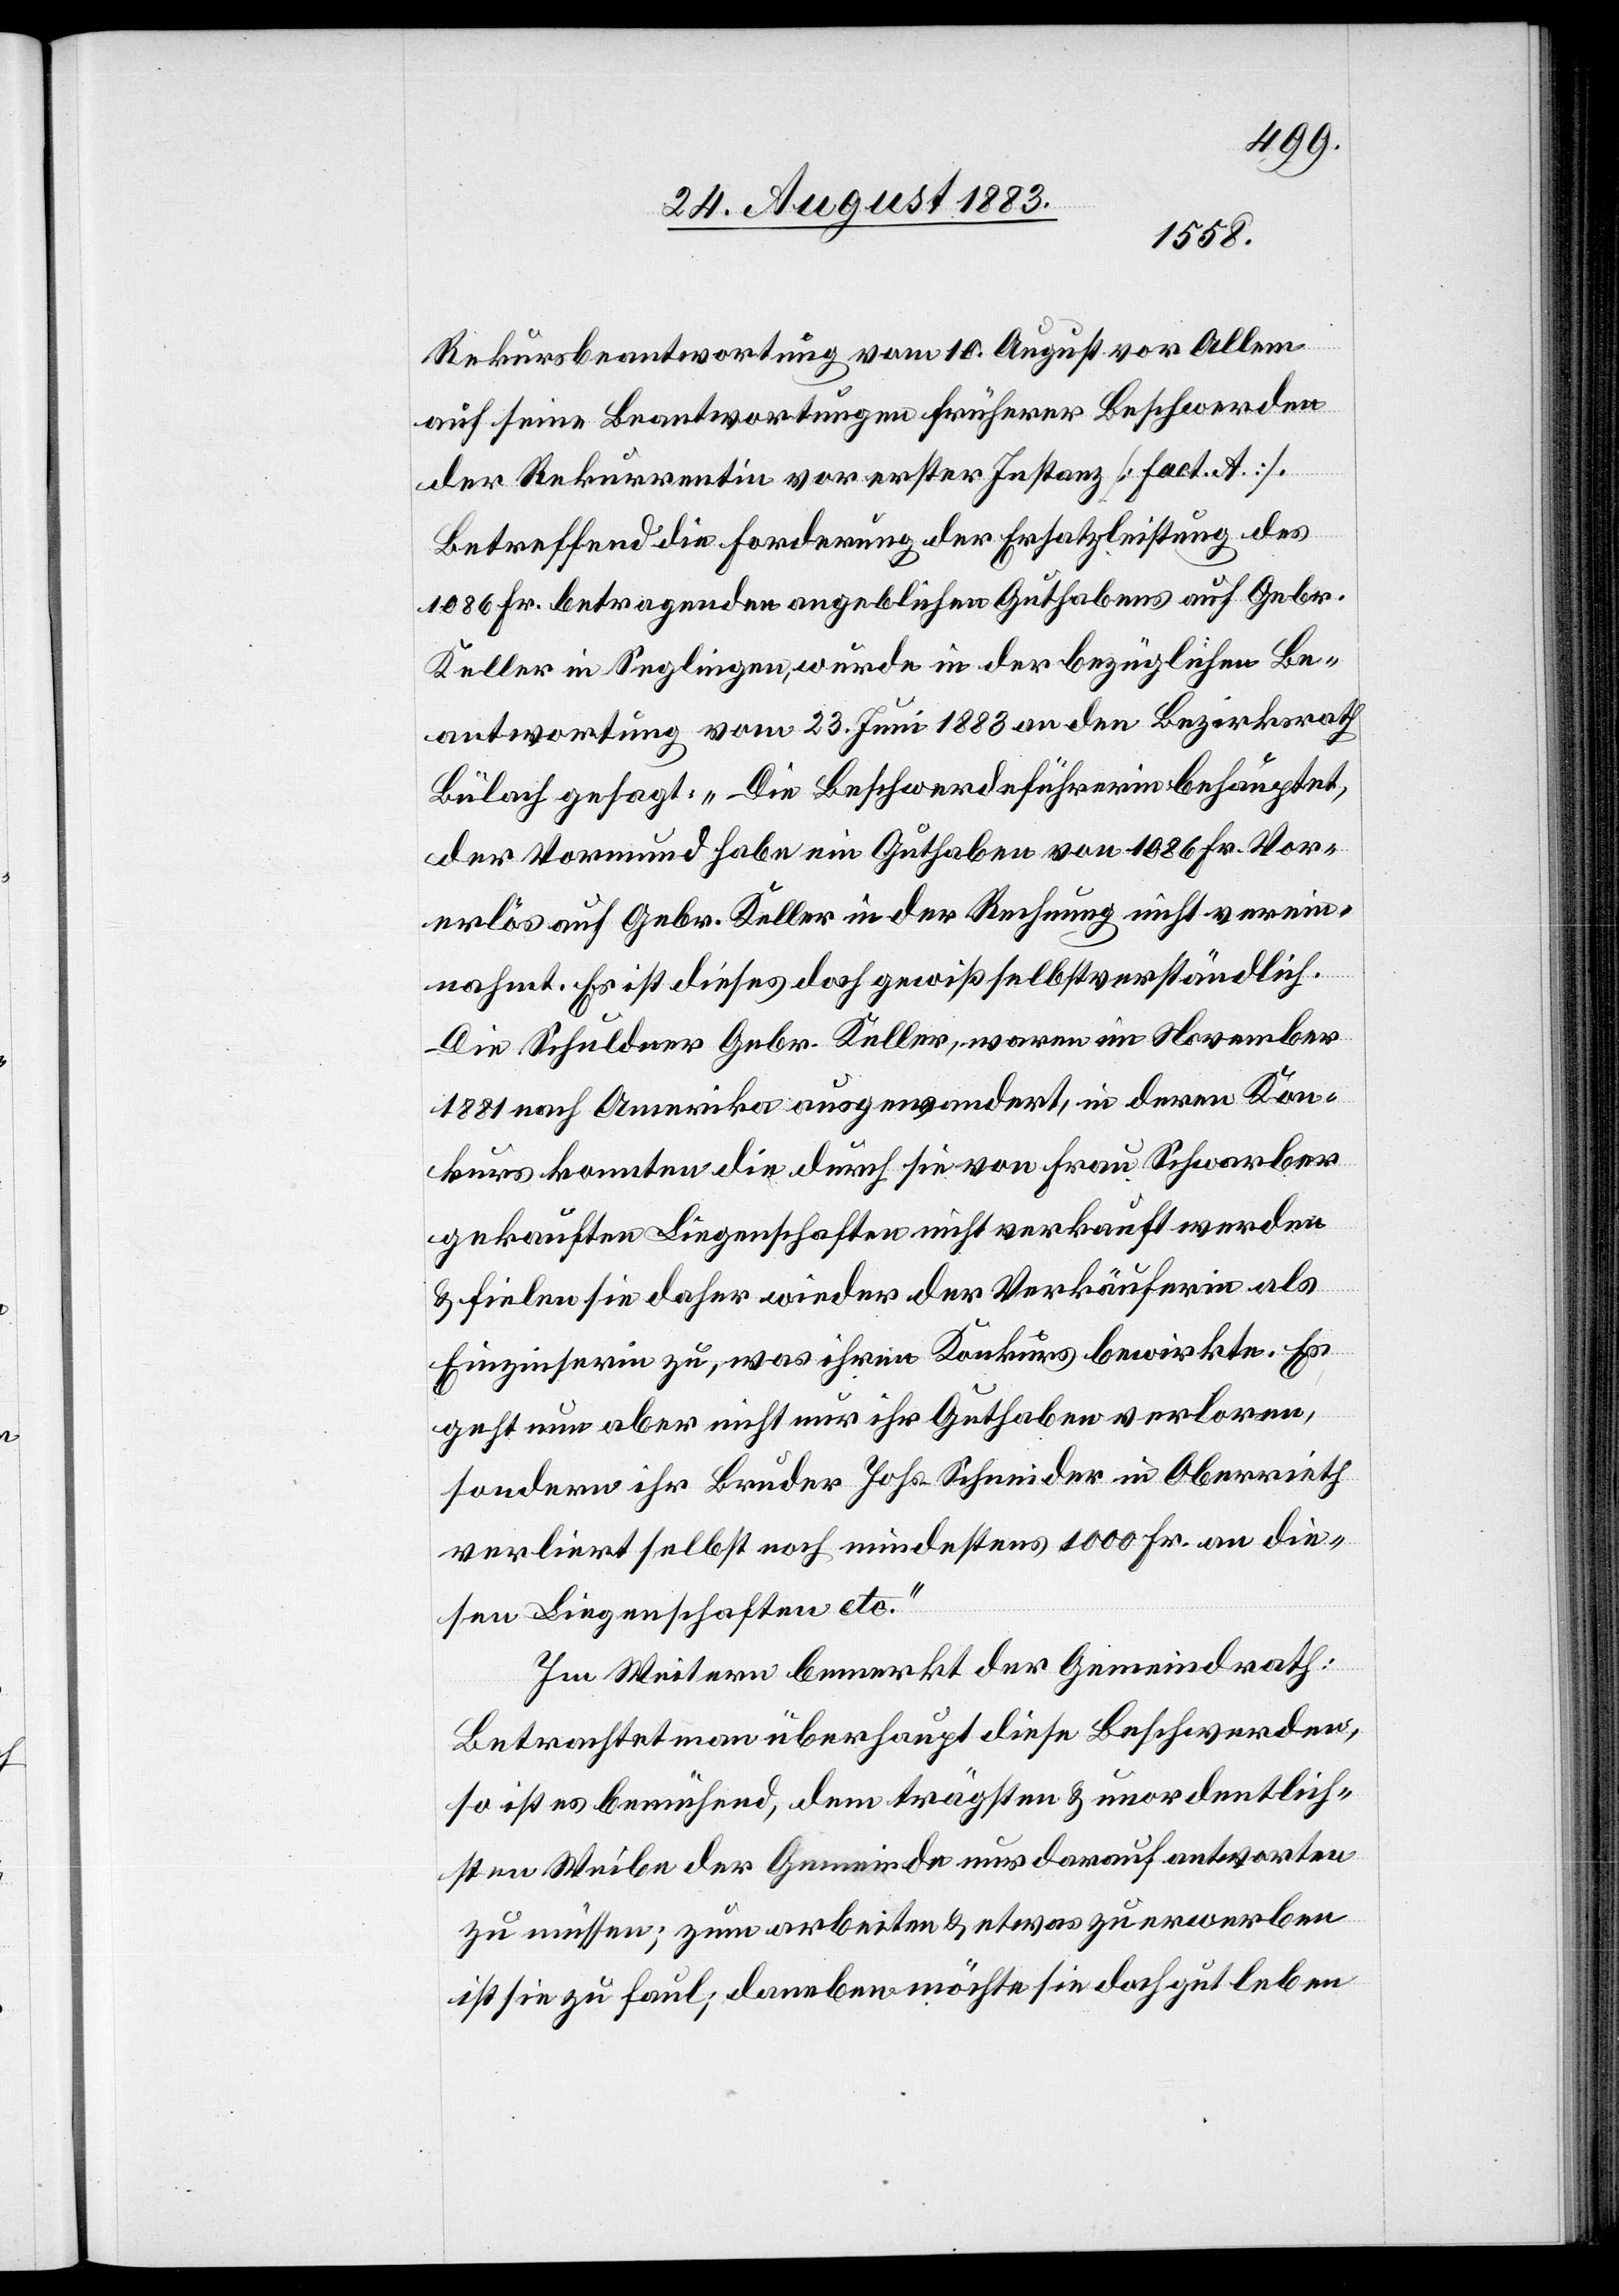
Rekursbeantwortung vom 10. August vor Allem
auf seine Beantwortung früherer Beschwerden
der Rekurrentin vor erster Instanz [Fact. A.].
Betreffend die Forderung der Ersatzleistung des
1086 Fr. betragenden angeblichen Guthabens auf Gebr.
Keller in Seglingen, wurde in der bezüglichen Be¬
antwortung vom 23. Juni 1883 an den Bezirksrath
Bülach gesagt: „Die Beschwerdeführerin behauptet,
der Vormund habe ein Guthaben von 1086 Fr. Vor¬
erlös auf Gebr. Keller in der Rechnung nicht verein¬
nahmt, Es ist dieses doch gewiß selbstverständlich.
Die Schuldner Gebr. Keller, waren im November
1881 nach Amerika ausgewandert, in deren Kon¬
kurs konnten die durch sie von Frau Schwarber
gekauften Liegenschaften nicht verkauft werden
& fielen sie daher wieder der Verkäuferin als
Einzinserin zu, was ihren Konkurs bewirkte. Es
geht nun aber nicht nur ihr Guthaben verloren,
sondern ihr Bruder Johs. Schneider in Oberrieth
verliert selbst noch mindestens 1000 Fr. an die¬
sen Liegenschaften etc.
Im Weitern bemerkt der Gemeindrath:
Betrachtet man überhaupt diese Beschwerden,
so ist es bemühend, dem trägsten & unordentlich¬
sten Weibe der Gemeinde nur darauf antworten
zu müssen; zum arbeiten & etwas zu erwerben
ist sie zu faul; daneben möchte sie doch gut leben